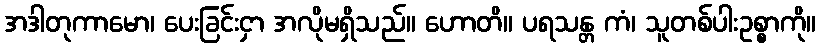
အဒါတုကာမော၊ ပေးခြင်းငှာ အလိုမရှိသည်။ ဟောတိ။ ပရသန္တ ကံ၊ သူတစ်ပါးဥစ္စာကို။